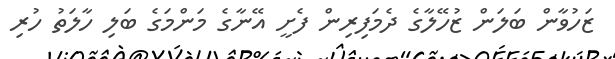
ޒަހުވާން ބަލަން ޒުހޭލާގެ ދެމަފިރިން ފެށީ އޭނާގެ މަންމަގެ ބަލި ހާލަތު ހުރި